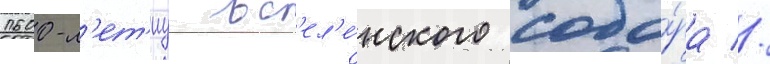
1600-л'ет'иу вс'ел'е́нского собо́ра //